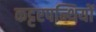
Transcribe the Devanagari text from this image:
कट्टरपन्थियों